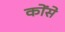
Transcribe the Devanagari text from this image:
कोंसे